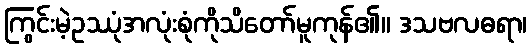
ကြွင်းမဲ့ဥဿုံအလုံးစုံကိုသိတော်မူကုန်၏။ ဒသဗလဓရာ၊